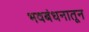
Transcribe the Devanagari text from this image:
भवबंधनातून